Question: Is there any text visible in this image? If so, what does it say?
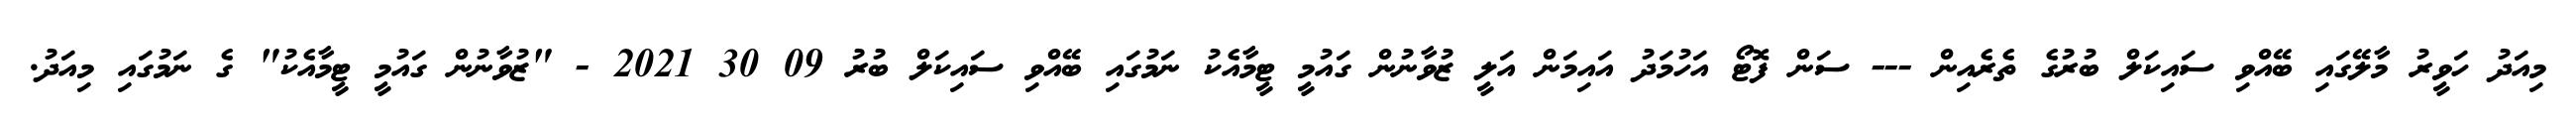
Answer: މިއަދު ހަވީރު މާލޭގައި ބޭއްވި ސައިކަލް ބުރުގެ ތެރެއިން --- ސަން ފޮޓޯ އަހުމަދު އައިމަން އަލީ ޒުވާނުން ގައުމީ ޓީމާއެކު ނަމުގައި ބޭއްވި ސައިކަލް ބުރު 09 30 2021 - "ޒުވާނުން ގައުމީ ޓީމާއެކު" ގެ ނަމުގައި މިއަދު.